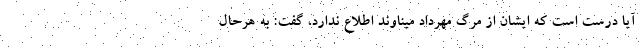
آیا درست است که ایشان از مرگ مهرداد میناوند اطلاع ندارد، گفت: به هرحال